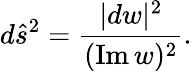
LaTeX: d{\hat{s}}^{2}={\frac{|dw|^{2}}{(\mathrm{Im}\, w)^{2}}}.